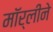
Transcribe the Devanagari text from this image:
मॉर्लीने